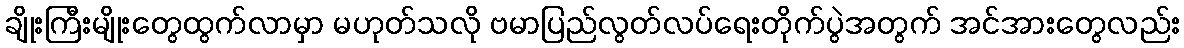
ချိုးကြီးမျိုးတွေထွက်လာမှာ မဟုတ်သလို ဗမာပြည်လွတ်လပ်ရေးတိုက်ပွဲအတွက် အင်အားတွေလည်း